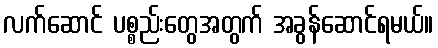
လက်ဆောင် ပစ္စည်းတွေအတွက် အခွန်ဆောင်ရမယ်။